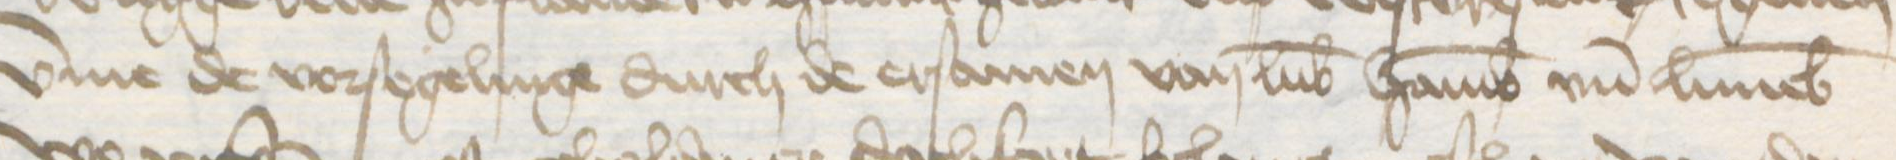
vmme de vorsegelinge durch de ersamen van Lubek Hamburg vnd Luneborch